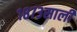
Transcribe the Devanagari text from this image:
१८७३साली